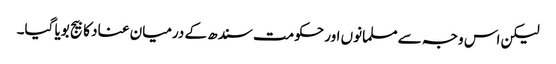
لیکن اس وجہ سے مسلمانوں اور حکومت سندھ کے درمیان عناد کا بیج بویا گیا۔